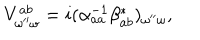
LaTeX: V _ { \omega ^ { \prime \prime } \omega } ^ { a b } = i ( \alpha _ { a a } ^ { - 1 } \beta _ { a b } ^ { * } ) _ { \omega ^ { \prime \prime } \omega } ,